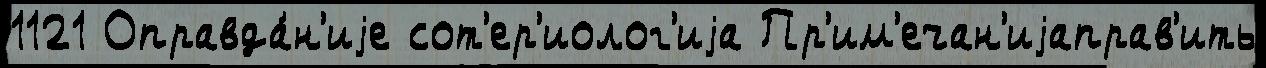
1121 Оправда́н'иjе сот'ер'иолог'иjа Пр'им'ечан'иjаправ'ить